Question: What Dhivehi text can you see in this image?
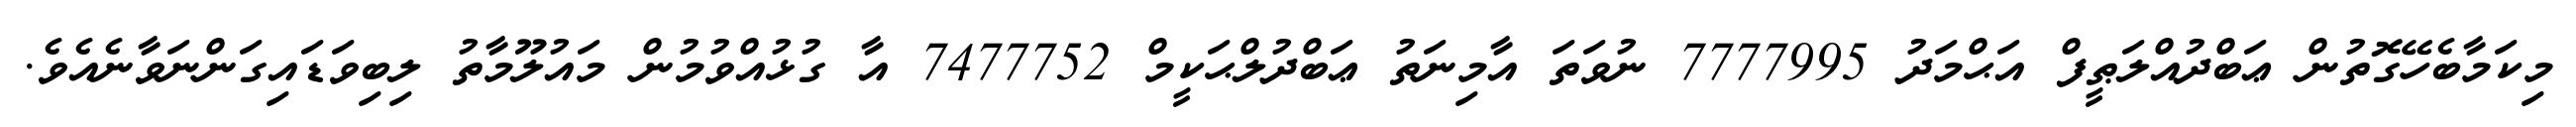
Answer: މިކަމާބެހޭގޮތުން ޢަބްދުއްލަޠީފް އަޙްމަދު 7777995 ނުވަތަ އާމިނަތު ޢަބްދުލްޙަކީމް 7477752 އާ ގުޅުއްވުމުން މައުލޫމާތު ލިބިވަޑައިގަންނަވާނެއެވެ.